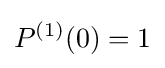
P^{(1)}(0)=1